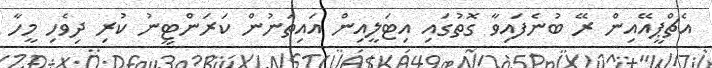
އެޗްޕީއޭއިން ރޭ ބުނެފައިވާ ގޮތުގައި އިޓަލީއިން އައިތަނުން ކަރަންޓީނު ކުރި ދިވެހި މީހާ